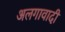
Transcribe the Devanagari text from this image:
अलगावादी